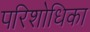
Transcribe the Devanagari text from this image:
परिशोधिका